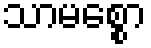
သာမစ္စော